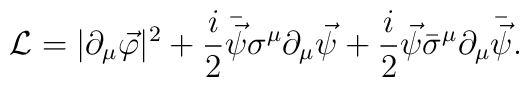
{\cal L}=|\partial_{\mu}\vec{\varphi}|^2 +\frac{i}{2} \bar{\vec{\psi}} \sigma^{\mu}\partial_{\mu} \vec{\psi} +\frac{i}{2} \vec{\psi} \bar{\sigma}^{\mu}\partial_{\mu} \bar{\vec{\psi}}.